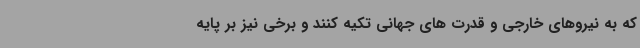
که به نیروهای خارجی و قدرت های جهانی تکیه کنند و برخی نیز بر پایه